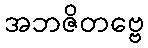
အဘဇိတဗ္ဗေ